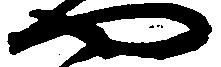
や